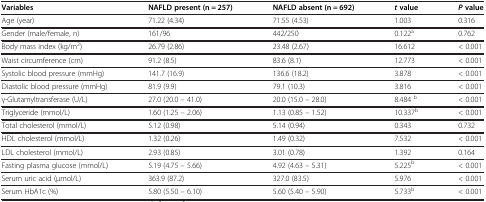
<table><thead><tr><td><b>Variables</b></td><td><b>NAFLD present (n = 257)</b></td><td><b>NAFLD absent (n = 692)</b></td><td><b><i>t</i>value</b></td><td><b><i>P</i>value</b></td></tr></thead><tbody><tr><td>Age (year)</td><td>71.22 (4.34)</td><td>71.55 (4.53)</td><td>1.003</td><td>0.316</td></tr><tr><td>Gender (male/female, n)</td><td>161/96</td><td>442/250</td><td>0.122<sup>a</sup></td><td>0.762</td></tr><tr><td>Body mass index (kg/m<sup>2</sup>)</td><td>26.79 (2.86)</td><td>23.48 (2.67)</td><td>16.612</td><td>&lt; 0.001</td></tr><tr><td>Waist circumference (cm)</td><td>91.2 (8.5)</td><td>83.6 (8.1)</td><td>12.773</td><td>&lt; 0.001</td></tr><tr><td>Systolic blood pressure (mmHg)</td><td>141.7 (16.9)</td><td>136.6 (18.2)</td><td>3.878</td><td>&lt; 0.001</td></tr><tr><td>Diastolic blood pressure (mmHg)</td><td>81.9 (9.9)</td><td>79.1 (10.3)</td><td>3.816</td><td>&lt; 0.001</td></tr><tr><td>γ-Glutamyltransferase (U/L)</td><td>27.0 (20.0 – 41.0)</td><td>20.0 (15.0 – 28.0)</td><td>8.484 <sup>b</sup></td><td>&lt; 0.001</td></tr><tr><td>Triglyceride (mmol/L)</td><td>1.60 (1.25 – 2.06)</td><td>1.13 (0.85 – 1.52)</td><td>10.337<sup>b</sup></td><td>&lt; 0.001</td></tr><tr><td>Total cholesterol (mmol/L)</td><td>5.12 (0.98)</td><td>5.14 (0.94)</td><td>0.343</td><td>0.732</td></tr><tr><td>HDL cholesterol (mmol/L)</td><td>1.32 (0.26)</td><td>1.49 (0.32)</td><td>7.532</td><td>&lt; 0.001</td></tr><tr><td>LDL cholesterol (mmol/L)</td><td>2.93 (0.85)</td><td>3.01 (0.78)</td><td>1.392</td><td>0.164</td></tr><tr><td>Fasting plasma glucose (mmol/L)</td><td>5.19 (4.75 – 5.66)</td><td>4.92 (4.63 – 5.31)</td><td>5.225<sup>b</sup></td><td>&lt; 0.001</td></tr><tr><td>Serum uric acid (μmol/L)</td><td>363.9 (87.2)</td><td>327.0 (83.5)</td><td>5.976</td><td>&lt; 0.001</td></tr><tr><td>Serum HbA1c (%)</td><td>5.80 (5.50 – 6.10)</td><td>5.60 (5.40 – 5.90)</td><td>5.733<sup>b</sup></td><td>&lt; 0.001</td></tr></tbody></table>